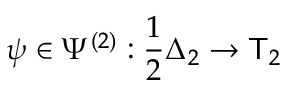
\psi \in \Psi ^ { ( 2 ) } : \frac 1 2 \Delta _ { 2 } \to \mathsf T _ { 2 }